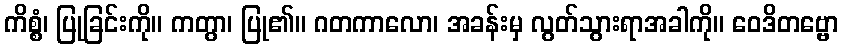
ကိစ္စံ၊ ပြုခြင်းကို။ ကတွာ၊ ပြု၏။ ဂတကာလော၊ အခန်းမှ လွတ်သွားရာအခါကို။ ဝေဒိတဗ္ဗော